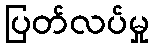
ပြတ်လပ်မှု